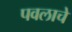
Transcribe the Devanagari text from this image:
पवलाचे